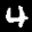
Label: 4